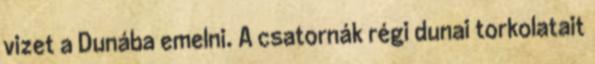
vizet a Dunába emelni. A csatornák régi dunai torkolatait